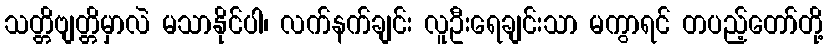
သတ္တိဗျတ္တိမှာလဲ မသာနိုင်ပါ၊ လက်နက်ချင်း လူဦးရေချင်းသာ မကွာရင် တပည့်တော်တို့